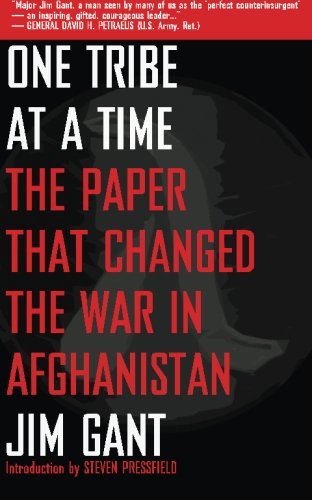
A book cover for One Tribe at a Time: The Paper that Changed the War in Afghanistan; Jim Gant; History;